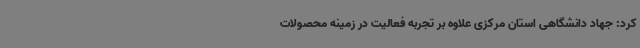
کرد: جهاد دانشگاهی استان مرکزی علاوه بر تجربه فعالیت در زمینه محصولات